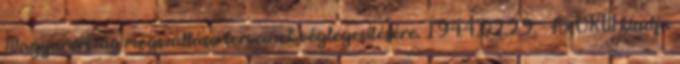
Magyarország megszállása terveinek véglegesítésére. 1944.02.29. - Az OKW kiadja